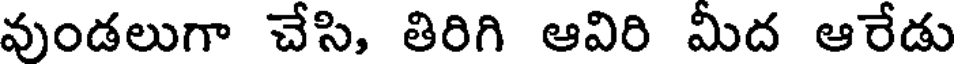
వుండలుగా చేసి, తిరిగి ఆవిరి మీద ఆరేడు